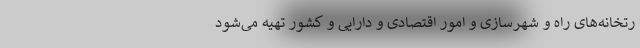
رتخانه‌های راه و شهرسازی و امور اقتصادی و دارایی و کشور تهیه می‌شود